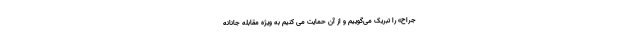
جراح» را تبریک می‌گوییم و از آن حمایت می کنیم به ویژه مقابله جانانه